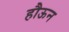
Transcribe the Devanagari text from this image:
हौऊन